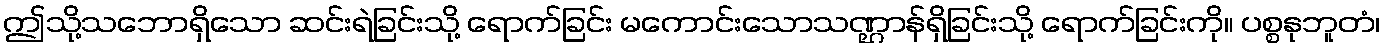
ဤသို့သဘောရှိသော ဆင်းရဲခြင်းသို့ ရောက်ခြင်း မကောင်းသောသဏ္ဌာန်ရှိခြင်းသို့ ရောက်ခြင်းကို။ ပစ္စနုဘူတံ၊